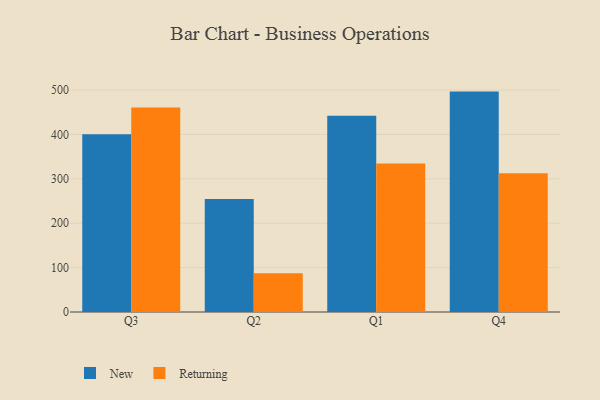
{"axis": {"x": "Quarter", "y": "Market Share (%)"}, "legend": ["New", "Returning"], "data": [{"x": "Q3", "y": 400.6, "type": "New"}, {"x": "Q3", "y": 460.7, "type": "Returning"}, {"x": "Q2", "y": 254.3, "type": "New"}, {"x": "Q2", "y": 87.2, "type": "Returning"}, {"x": "Q1", "y": 442.0, "type": "New"}, {"x": "Q1", "y": 334.7, "type": "Returning"}, {"x": "Q4", "y": 496.4, "type": "New"}, {"x": "Q4", "y": 312.6, "type": "Returning"}]}